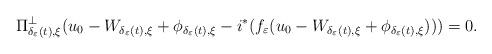
LaTeX: \begin{align*}\Pi_{\delta_\varepsilon (t),\xi }^\bot(u_0 - W_{\delta_\varepsilon(t),\xi }+\phi_{\delta_\varepsilon(t),\xi } -i^\ast (f_\varepsilon(u_0-W_{\delta_\varepsilon(t),\xi }+\phi_{\delta_\varepsilon(t),\xi })))=0.\end{align*}